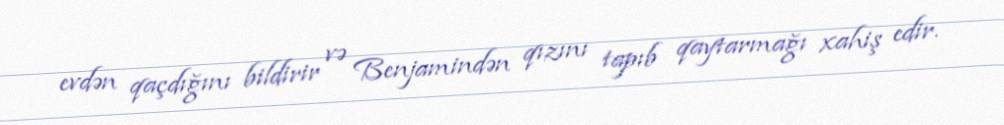
evdən qaçdığını bildirir və Benjamindən qızını tapıb qaytarmağı xahiş edir.